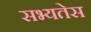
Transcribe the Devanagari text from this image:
सभ्यतेस